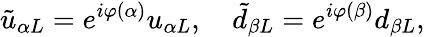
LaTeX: \tilde{u}_{\alpha L}=e^{i\varphi(\alpha)}u_{\alpha L},\quad\tilde{d}_{\beta L}=e^{i\varphi(\beta)}d_{\beta L},